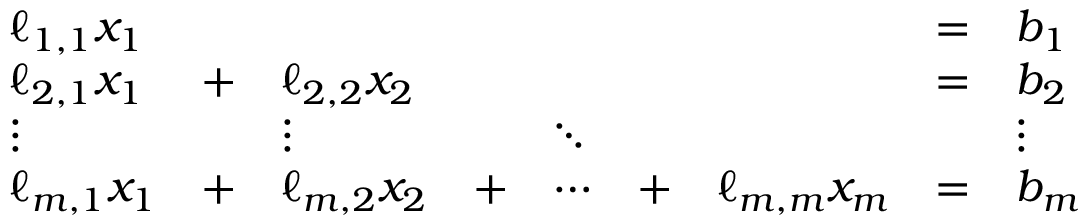
{ \begin{array} { l l l l l l l l l } { \ell _ { 1 , 1 } x _ { 1 } } & & & & & & & { = } & { b _ { 1 } } \\ { \ell _ { 2 , 1 } x _ { 1 } } & { + } & { \ell _ { 2 , 2 } x _ { 2 } } & & & & & { = } & { b _ { 2 } } \\ { \vdots } & & { \vdots } & & { \ddots } & & & & { \vdots } \\ { \ell _ { m , 1 } x _ { 1 } } & { + } & { \ell _ { m , 2 } x _ { 2 } } & { + } & { \dotsb } & { + } & { \ell _ { m , m } x _ { m } } & { = } & { b _ { m } } \end{array} }